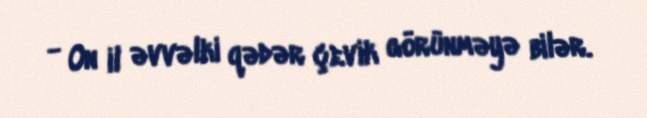
- On il əvvəlki qədər çevik görünməyə bilər.